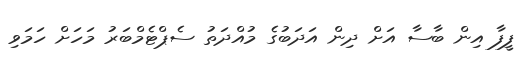
ފީފާ އިން ބާސާ އަށް ދިން އަދަބުގެ މުއްދަތު ސެޕްޓެމްބަރު މަހަށް ހަމަވި